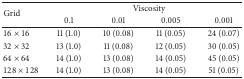
| <ROWSPAN=2> Grid | <COLSPAN=4> Viscosity |
 | 0.1 | 0.01 | 0.005 | 0.001 |
 | --- | --- | --- | --- | --- |
 | 16 × 16 | 11 (1.0) | 10 (0.08) | 11 (0.05) | 24 (0.07) |
 | 32 × 32 | 13 (1.0) | 11 (0.08) | 12 (0.05) | 30 (0.05) |
 | 64 × 64 | 14 (1.0) | 13 (0.08) | 14 (0.05) | 45 (0.05) |
 | 128 × 128 | 14 (1.0) | 13 (0.08) | 14 (0.05) | 51 (0.05) |